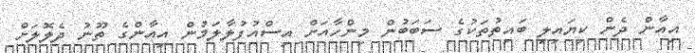
އިއާން ދެން ކިޔައިލި ބައިތުތަކުގެ ސަބަބުން މިންހާއަށް އިސްއުފުލާލަމުން އިއާންގެ ތޫނު ދެލޮލަށް